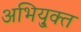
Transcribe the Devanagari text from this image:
अभियु्क्त